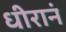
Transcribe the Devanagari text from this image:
धीरानं